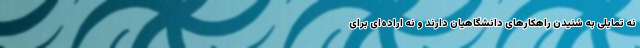
نه تمایلی به شنیدن راهکارهای دانشگاهیان دارند و نه اراده‌ای برای